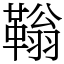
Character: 䩺